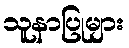
သူနာပြုများ